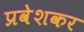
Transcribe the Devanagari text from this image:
प्रवेशकर